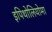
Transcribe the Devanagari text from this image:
इपिथोलियोमा